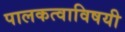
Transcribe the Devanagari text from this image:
पालकत्वाविषयी